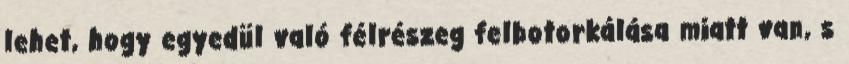
lehet, hogy egyedül való félrészeg felbotorkálása miatt van, s